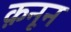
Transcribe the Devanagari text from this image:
क़नून